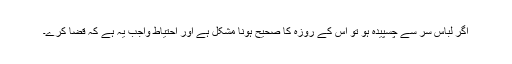
اگر لباس سر سے چسپیدہ ہو تو اس کے روزہ کا صحیح ہونا مشکل ہے اور احتیاط واجب یہ ہے کہ قضا کرے۔